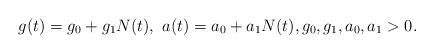
LaTeX: \begin{align*}g_{}(t)=g_0+g_1N(t),\ a(t)=a_0+a_1N(t),g_0,g_1,a_0,a_1>0.\end{align*}